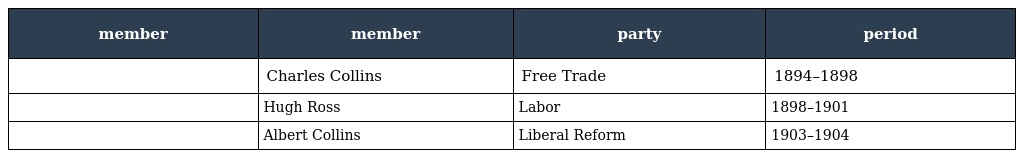
| member | member | party | period |
 | --- | --- | --- | --- |
 |  | Charles Collins | Free Trade | 1894–1898 |
 |  | Hugh Ross | Labor | 1898–1901 |
 |  | Albert Collins | Liberal Reform | 1903–1904 |